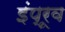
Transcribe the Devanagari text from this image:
इंप्रूव